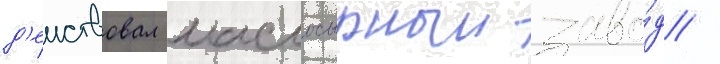
д'еиствовал маслосырныи заво́д /